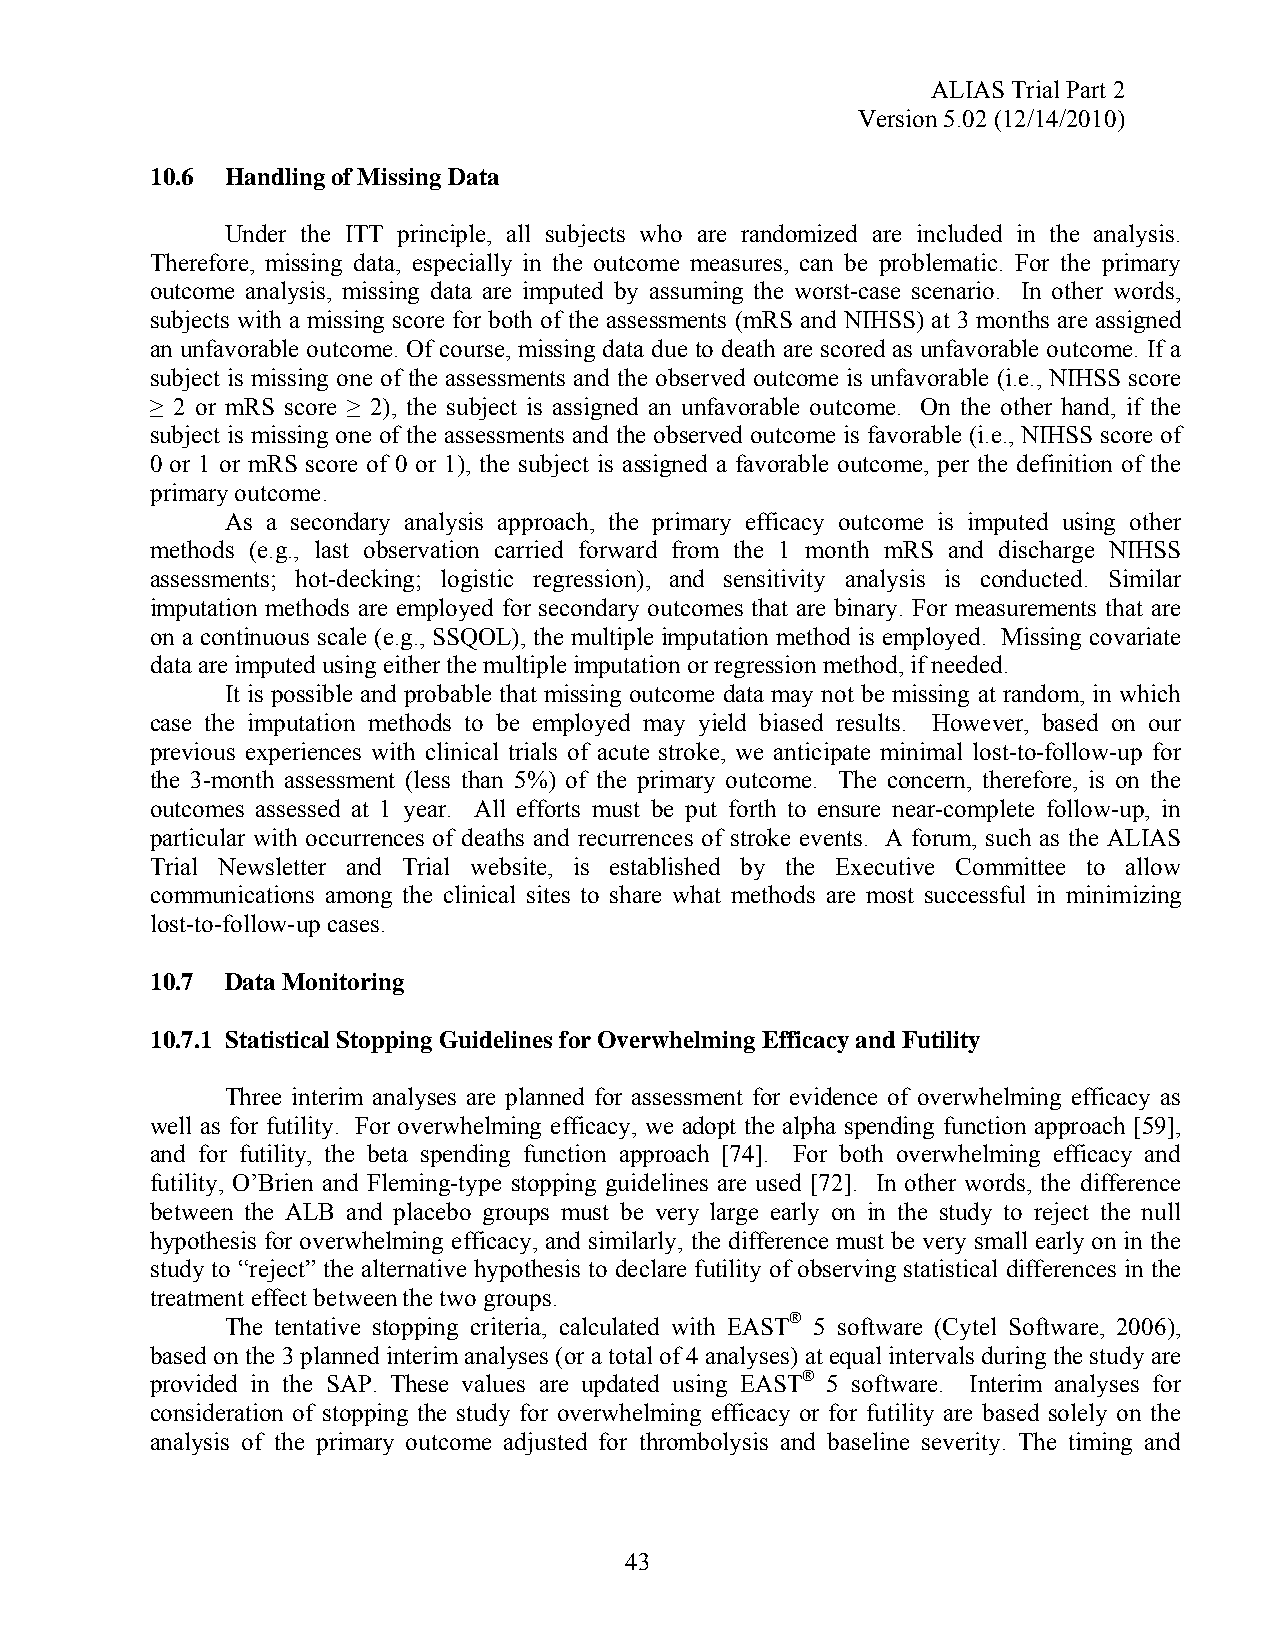
ALIAS Trial Part 2
 Version 5.02 (12/14/2010)
 10.6 Handling of Missing Data
 Under the ITT principle, all subjects who are randomized are included in the analysis.
 Therefore, missing data, especially in the outcome measures, can be problematic. For the primary
 outcome analysis, missing data are imputed by assuming the worst-case scenario. In other words,
 subjects with a missing score for both of the assessments (mRS and NIHSS) at 3 months are assigned
 an unfavorable outcome. Of course, missing data due to death are scored as unfavorable outcome. If a
 subject is missing one of the assessments and the observed outcome is unfavorable (i.e., NIHSS score
 ≥ 2 or mRS score ≥ 2), the subject is assigned an unfavorable outcome. On the other hand, if the
 subject is missing one of the assessments and the observed outcome is favorable (i.e., NIHSS score of
 0 or 1 or mRS score of 0 or 1), the subject is assigned a favorable outcome, per the definition of the
 primary outcome.
 As a secondary analysis approach, the primary efficacy outcome is imputed using other
 methods (e.g., last observation carried forward from the 1 month mRS and discharge NIHSS
 assessments; hot-decking; logistic regression), and sensitivity analysis is conducted. Similar
 imputation methods are employed for secondary outcomes that are binary. For measurements that are
 on a continuous scale (e.g., SSQOL), the multiple imputation method is employed. Missing covariate
 data are imputed using either the multiple imputation or regression method, if needed.
 It is possible and probable that missing outcome data may not be missing at random, in which
 case the imputation methods to be employed may yield biased results. However, based on our
 previous experiences with clinical trials of acute stroke, we anticipate minimal lost-to-follow-up for
 the 3-month assessment (less than 5%) of the primary outcome. The concern, therefore, is on the
 outcomes assessed at 1 year. All efforts must be put forth to ensure near-complete follow-up, in
 particular with occurrences of deaths and recurrences of stroke events. A forum, such as the ALIAS
 Trial Newsletter and Trial website, is established by the Executive Committee to allow
 communications among the clinical sites to share what methods are most successful in minimizing
 lost-to-follow-up cases.
 10.7 Data Monitoring
 10.7.1 Statistical Stopping Guidelines for Overwhelming Efficacy and Futility
 Three interim analyses are planned for assessment for evidence of overwhelming efficacy as
 well as for futility. For overwhelming efficacy, we adopt the alpha spending function approach [59],
 and for futility, the beta spending function approach [74]. For both overwhelming efficacy and
 futility, O’Brien and Fleming-type stopping guidelines are used [72]. In other words, the difference
 between the ALB and placebo groups must be very large early on in the study to reject the null
 hypothesis for overwhelming efficacy, and similarly, the difference must be very small early on in the
 study to “reject” the alternative hypothesis to declare futility of observing statistical differences in the
 treatment effect between the two groups.
 The tentative stopping criteria, calculated with EAST® 5 software (Cytel Software, 2006),
 based on the 3 planned interim analyses (or a total of 4 analyses) at equal intervals during the study are
 provided in the SAP. These values are updated using EAST® 5 software. Interim analyses for
 consideration of stopping the study for overwhelming efficacy or for futility are based solely on the
 analysis of the primary outcome adjusted for thrombolysis and baseline severity. The timing and
 43